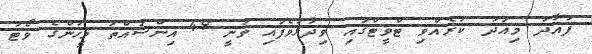
ފުއާދު މިއަދު ކުރެއްވި ޓްވީޓްގައި ވިދާޅުވެފައި ވަނީ 49 އިންސައްތަ މީހުންގެ ވޯޓު